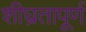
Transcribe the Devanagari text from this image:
शीघ्रतापूर्ण